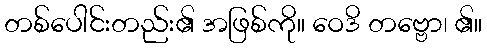
တစ်ပေါင်းတည်း၏ အဖြစ်ကို။ ဝေဒိ တဗ္ဗော၊ ၏။